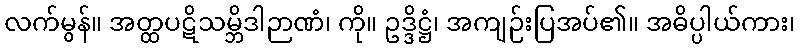
လက်မွန်။ အတ္ထပဋိသမ္ဘိဒါဉာဏံ၊ ကို။ ဥဒ္ဒိဋ္ဌံ၊ အကျဉ်းပြအပ်၏။ အဓိပ္ပါယ်ကား၊